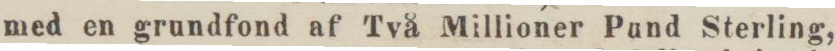
med en grundfond af Två Millioner Pund Sterling,